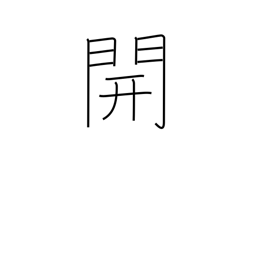
Meaning: open